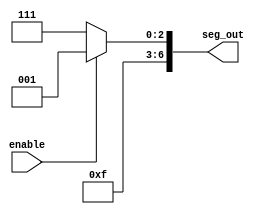
`define OFF 7'b1111111
`define ON 7'b1111001

module s1(enable, seg_out);
  input enable;
  output reg [6:0] seg_out;

  always@(*) begin
    seg_out <= (enable) ? (`ON) : (`OFF);
  end

endmodule